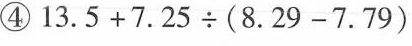
④$$1 3 . 5 + 7 . 2 5 \div ( 8 2 9 - 7 . 7 9 )$$